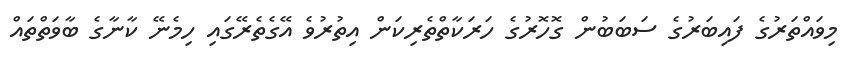
މިވައްތަރުގެ ފައިބަރުގެ ސަބަބުން ގޮހޮރުގެ ހަރަކާތްތެރިކަން އިތުރުވެ އޭގެތެރޭގައި ހިމެނޭ ކާނާގެ ބާވަތްތައް